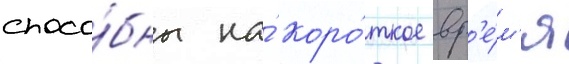
спосо́бны на́ коро́ткое вр'е́м'я